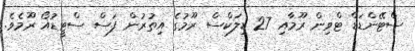
ސްޓޭންޑަޑް ޓްވިން ރޫމާއި 27 ޑިލަކްސް ރޫމުގެ އިތުރުން ފަސް ސްޓީޑުއޯ ރޫމެވެ.